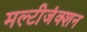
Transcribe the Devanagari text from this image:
मल्टीजंक्शन